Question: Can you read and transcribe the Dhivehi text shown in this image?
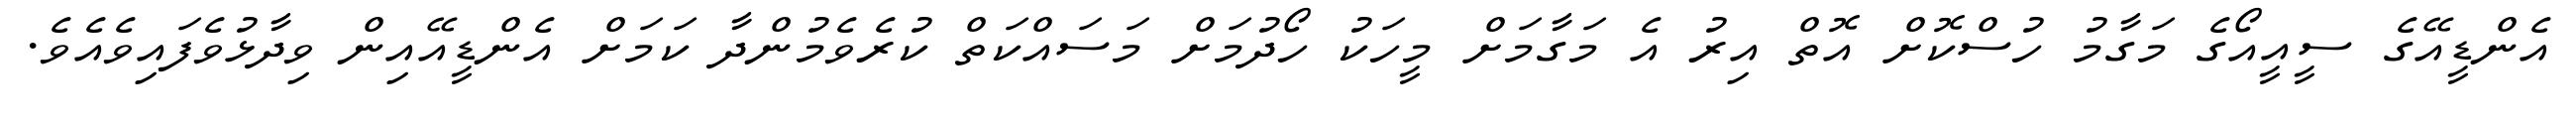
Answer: އެންޑީއޭގެ ސީއީއޯގެ މަގާމު ހުސްކޮށް އޮތް އިރު އެ މަގާމަށް މީހަކު ހޯދުމަށް މަސައްކަތް ކުރެވެމުންދާ ކަމަށް އެންޑީއޭއިން ވިދާޅުވެފައިވެއެވެ.